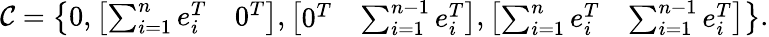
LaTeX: \mathcal{C}=\left\lbrace 0,\left[\begin{array}{cc}{\sum_{i=1}^{n}e_{i}^{T}}&{0^{T}}\end{array}\right],\left[\begin{array}{cc}{0^{T}}&{\sum_{i=1}^{n-1}e_{i}^{T}}\end{array}\right],\left[\begin{array}{cc}{\sum_{i=1}^{n}e_{i}^{T}}&{\sum_{i=1}^{n-1}e_{i}^{T}}\end{array}\right]\right\rbrace.